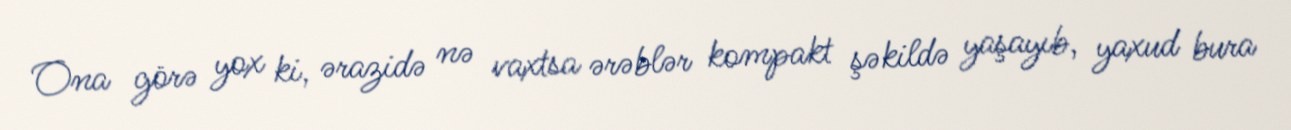
Ona görə yox ki, ərazidə nə vaxtsa ərəblər kompakt şəkildə yaşayıb, yaxud bura